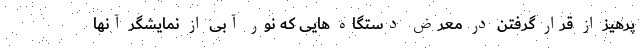
پرهیز از قرار گرفتن در معرض دستگاه هایی که نور آبی از نمایشگر آنها